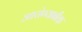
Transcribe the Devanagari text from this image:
आरोग्याबँक